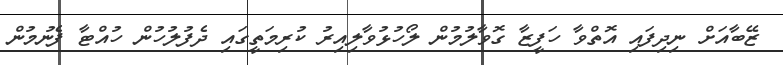
ޒޭބާއަށް ނިދިފައި އޮތްވާ ހަފީޒާ ގޮވާލުމުން ލޯހުޅުވާލިއިރު ކުރިމަތީގައި ދެފުލުހުން ހުއްޓާ ފެނުމުން